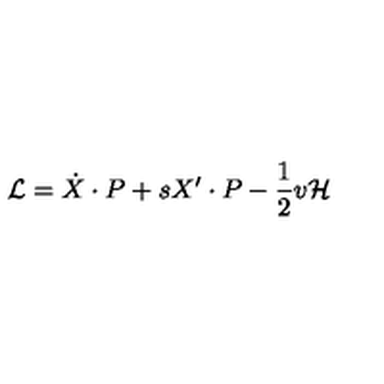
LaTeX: { \cal L } = \dot { X } \cdot P + s X ^ { \prime } \cdot P - { \frac { 1 } { 2 } } v { \cal H }